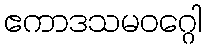
ဧကာဒသမဝဂ္ဂေါ